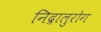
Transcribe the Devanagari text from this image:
निद्रालुरोग